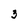
Character: 3